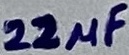
Text: 22µF